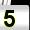
Digit: 5